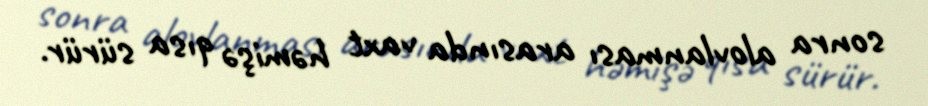
sonra alovlanması arasında vaxt həmişə qısa sürür.